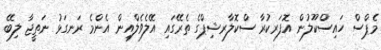
މެޕްސް ހައިސްކޫލުން އޮފަރކުރާ ސްކޮލާރޝިޕްގެ ތެރޭގައި އޭލެވެލްއިން އެންމެ ރަނގަޅު ނަތީޖާ ލިބޭ